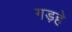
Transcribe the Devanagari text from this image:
गड़हे